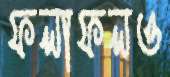
ফলাফলও